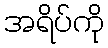
အရိပ်ကို